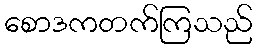
စောဒကတက်ကြသည်